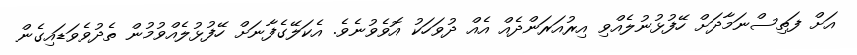
އަށް ފަތިސްނަމާދަށް ހޭފުޅުނުލެއްވި އިރުއަރަންދެއް އެެއް ދުވަހަކު އޮވެވުނެވެ. އެކަލޭގެފާނަށް ހޭފުޅުލެއްވުމުން ތެދުވެވަޑައިގެން